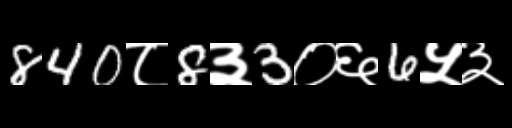
Text: 840८8३3०६6५३